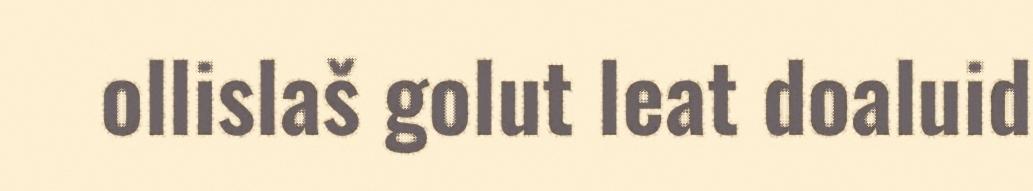
ollislaš golut leat doaluid